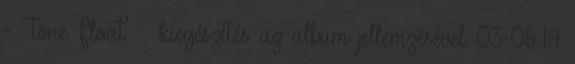
- Tone Float' » kiegészítés az album jellemzésével 03-06-14